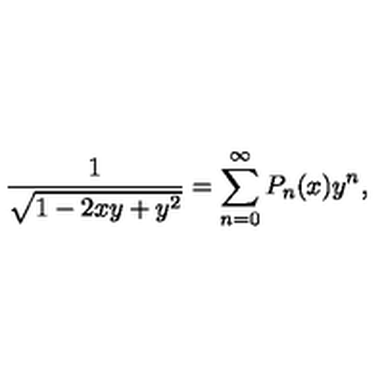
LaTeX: { \frac { 1 } { \sqrt { 1 - 2 x y + y ^ { 2 } } } } = \sum _ { n = 0 } ^ { \infty } P _ { n } ( x ) y ^ { n } ,